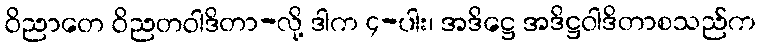
ဝိညာတေ ဝိညတဝါဒိတာ-လို့ ဒါက ၄-ပါး၊ အဒိဋ္ဌေ အဒိဋ္ဌဝါဒိတာစသည်က